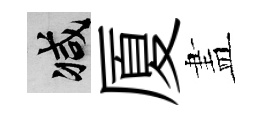
减厦𥁞